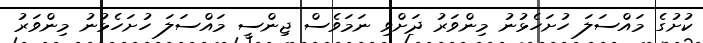
ކުށުގެ މައްސަލަ ހުށަހެޅުނު މިންވަރު ދަށްވި ނަމަވެސް ޖިންސީ މައްސަލަ ހުށަހެޅުނު މިންވަރު